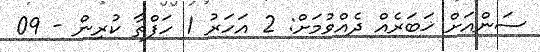
ސަންއަށް ޚަބަރެއް ދެއްވުމަށް: 2 އަހަރު 1 ހަފްތާ ކުރިން - 09